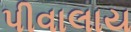
પીવાલાય